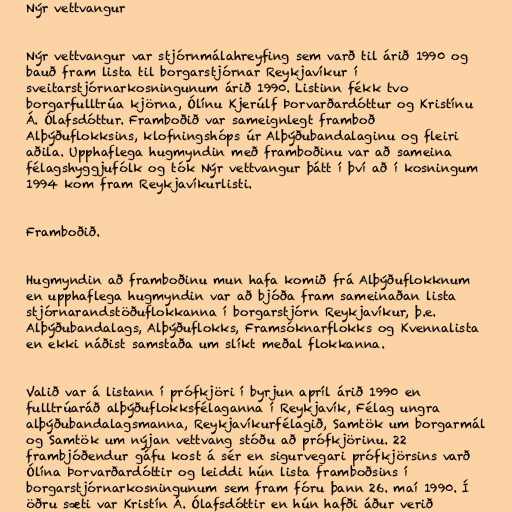
Nýr vettvangur

Nýr vettvangur var stjórnmálahreyfing sem varð til árið 1990 og
bauð fram lista til borgarstjórnar Reykjavíkur í
sveitarstjórnarkosningunum árið 1990. Listinn fékk tvo
borgarfulltrúa kjörna, Ólínu Kjerúlf Þorvarðardóttur og Kristínu
Á. Ólafsdóttur. Framboðið var sameignlegt framboð
Alþýðuflokksins, klofningshóps úr Alþýðubandalaginu og fleiri
aðila. Upphaflega hugmyndin með framboðinu var að sameina
félagshyggjufólk og tók Nýr vettvangur þátt í því að í kosningum
1994 kom fram Reykjavíkurlisti.

Framboðið.

Hugmyndin að framboðinu mun hafa komið frá Alþýðuflokknum
en upphaflega hugmyndin var að bjóða fram sameinaðan lista
stjórnarandstöðuflokkanna í borgarstjórn Reykjavíkur, þ.e.
Alþýðubandalags, Alþýðuflokks, Framsóknarflokks og Kvennalista
en ekki náðist samstaða um slíkt meðal flokkanna.

Valið var á listann í prófkjöri í byrjun apríl árið 1990 en
fulltrúaráð alþýðuflokksfélaganna í Reykjavík, Félag ungra
alþýðubandalagsmanna, Reykjavíkurfélagið, Samtök um borgarmál
og Samtök um nýjan vettvang stóðu að prófkjörinu. 22
frambjóðendur gáfu kost á sér en sigurvegari prófkjörsins varð
Ólína Þorvarðardóttir og leiddi hún lista framboðsins í
borgarstjórnarkosningunum sem fram fóru þann 26. maí 1990. Í
öðru sæti var Kristín Á. Ólafsdóttir en hún hafði áður verið